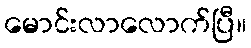
မောင်းလာလောက်ပြီ။